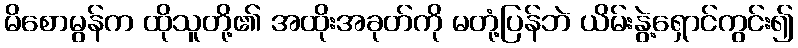
မိစောမွန်က ထိုသူတို့၏ အထိုးအခုတ်ကို မတုံ့ပြန်ဘဲ ယိမ်းနွဲ့ရှောင်ကွင်း၍